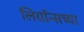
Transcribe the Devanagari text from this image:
लियॉन्सच्या